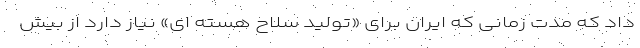
داد که مدت زمانی که ایران برای «تولید سلاح هسته ای» نیاز دارد از بیش